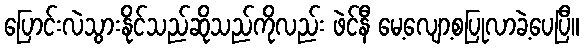
ပြောင်းလဲသွားနိုင်သည်ဆိုသည်ကိုလည်း ဖဲင်နီ မေ့လျော့စပြုလာခဲ့ပေပြီ။